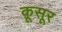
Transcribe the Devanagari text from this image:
क़ूसूर